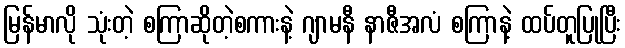
မြန်မာလို သုံးတဲ့ စကြာဆိုတဲ့စကားနဲ့ ဂျာမနီ နာဇီအလံ စကြာနဲ့ ထပ်တူပြုပြီး